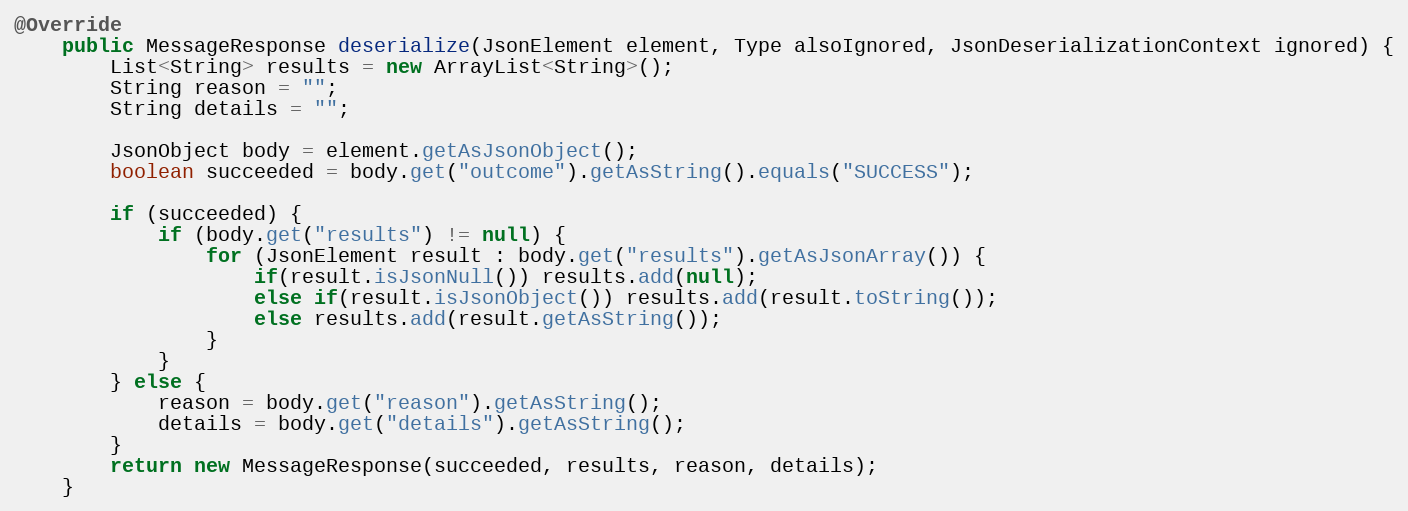
Language: Java
@Override
    public MessageResponse deserialize(JsonElement element, Type alsoIgnored, JsonDeserializationContext ignored) {
        List<String> results = new ArrayList<String>();
        String reason = "";
        String details = "";

        JsonObject body = element.getAsJsonObject();
        boolean succeeded = body.get("outcome").getAsString().equals("SUCCESS");

        if (succeeded) {
            if (body.get("results") != null) {
                for (JsonElement result : body.get("results").getAsJsonArray()) {
                    if(result.isJsonNull()) results.add(null);
                    else if(result.isJsonObject()) results.add(result.toString());
                    else results.add(result.getAsString());
                }
            }
        } else {
            reason = body.get("reason").getAsString();
            details = body.get("details").getAsString();
        }
        return new MessageResponse(succeeded, results, reason, details);
    }